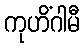
ကုဟိံဂါမီ